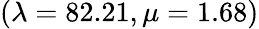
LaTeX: (\lambda=82.21,\mu=1.68)